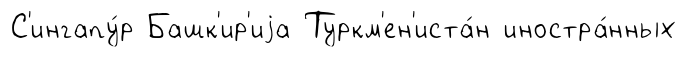
С'ингапу́р Башк'ир'иjа Туркм'ен'иста́н иностра́нных